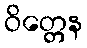
ဝိတ္တေန